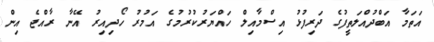
އަތަމާ އަބްދުއްލަތީފުގެ ދަރިފުޅު އިސްމާއިލް ހައްޔަރުކުރުމުގެ އަމުރު ހޯދިއިރު އޭނާ ރާއްޖެ އިން